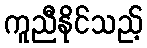
ကူညီနိုင်သည့်